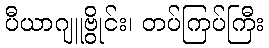
ပီယာဂျူဗွိုင်း၊ တပ်ကြပ်ကြီး